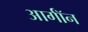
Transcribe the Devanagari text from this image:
आर्गॉन